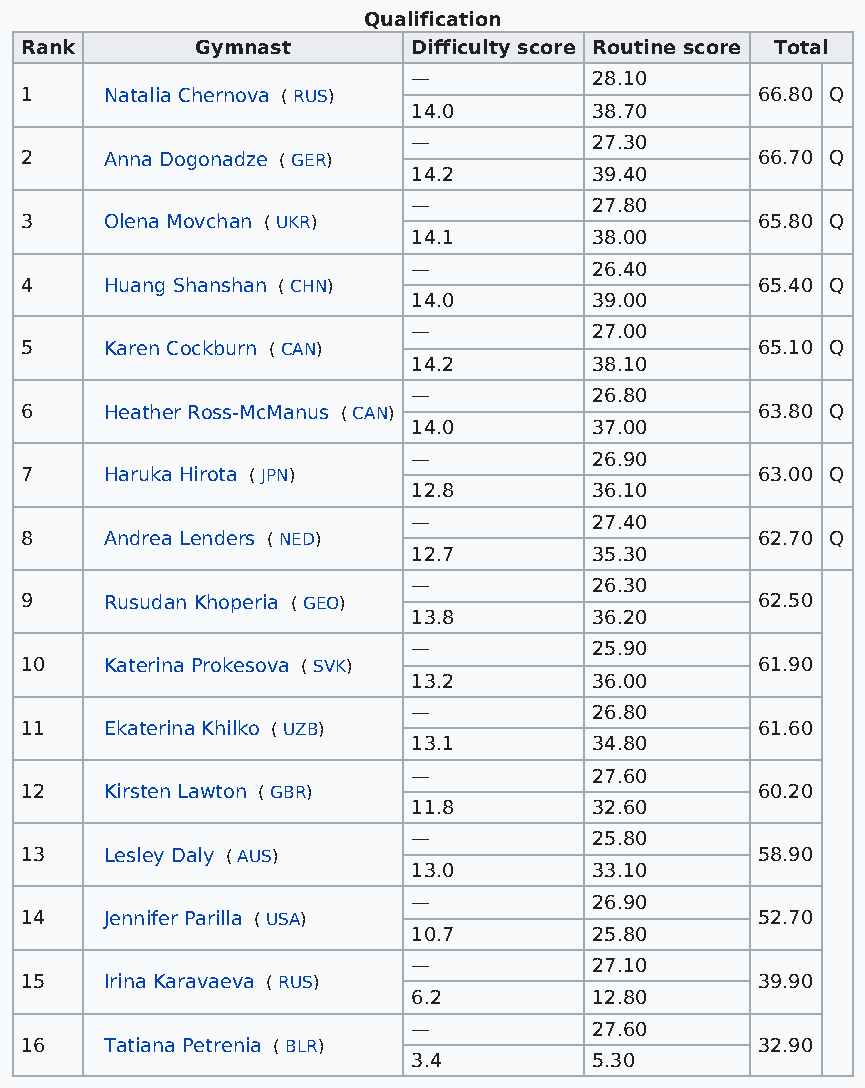
Qualification
 Rank        Gymnast       Difficulty score Routine score Total
 —           28.10
 1     Natalia Chernova ( RUS)                    66.80 Q
 14.0        38.70
 —           27.30
 2     Anna Dogonadze ( GER)                      66.70 Q
 14.2        39.40
 —           27.80
 3     Olena Movchan ( UKR)                       65.80 Q
 14.1        38.00
 —           26.40
 4     Huang Shanshan ( CHN)                      65.40 Q
 14.0        39.00
 —           27.00
 5     Karen Cockburn ( CAN)                      65.10 Q
 14.2        38.10
 —           26.80
 6     Heather Ross-McManus ( CAN)                63.80 Q
 14.0        37.00
 —           26.90
 7     Haruka Hirota ( JPN)                       63.00 Q
 12.8        36.10
 —           27.40
 8     Andrea Lenders ( NED)                      62.70 Q
 12.7        35.30
 —           26.30
 9     Rusudan Khoperia ( GEO)                    62.50
 13.8        36.20
 —           25.90
 10    Katerina Prokesova ( SVK)                  61.90
 13.2        36.00
 —           26.80
 11    Ekaterina Khilko ( UZB)                    61.60
 13.1        34.80
 —           27.60
 12    Kirsten Lawton ( GBR)                      60.20
 11.8        32.60
 —           25.80
 13    Lesley Daly ( AUS)                         58.90
 13.0        33.10
 —           26.90
 14    Jennifer Parilla ( USA)                    52.70
 10.7        25.80
 —           27.10
 15    Irina Karavaeva ( RUS)                     39.90
 6.2         12.80
 —           27.60
 16    Tatiana Petrenia ( BLR)                    32.90
 3.4         5.30